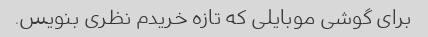
برای گوشی موبایلی که تازه خریدم نظری بنویس.